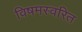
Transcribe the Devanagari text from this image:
विषमस्वरित